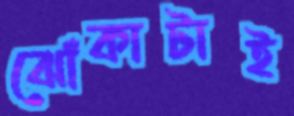
ঝোঁকাটাই